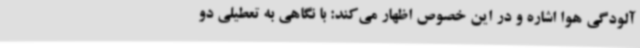
آلودگی هوا اشاره و در این خصوص اظهار می‌کند: با نگاهی به تعطیلی دو